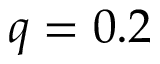
q = 0 . 2